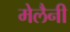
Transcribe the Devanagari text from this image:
मेलैनी